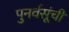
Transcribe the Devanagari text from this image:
पुनर्वसूंची